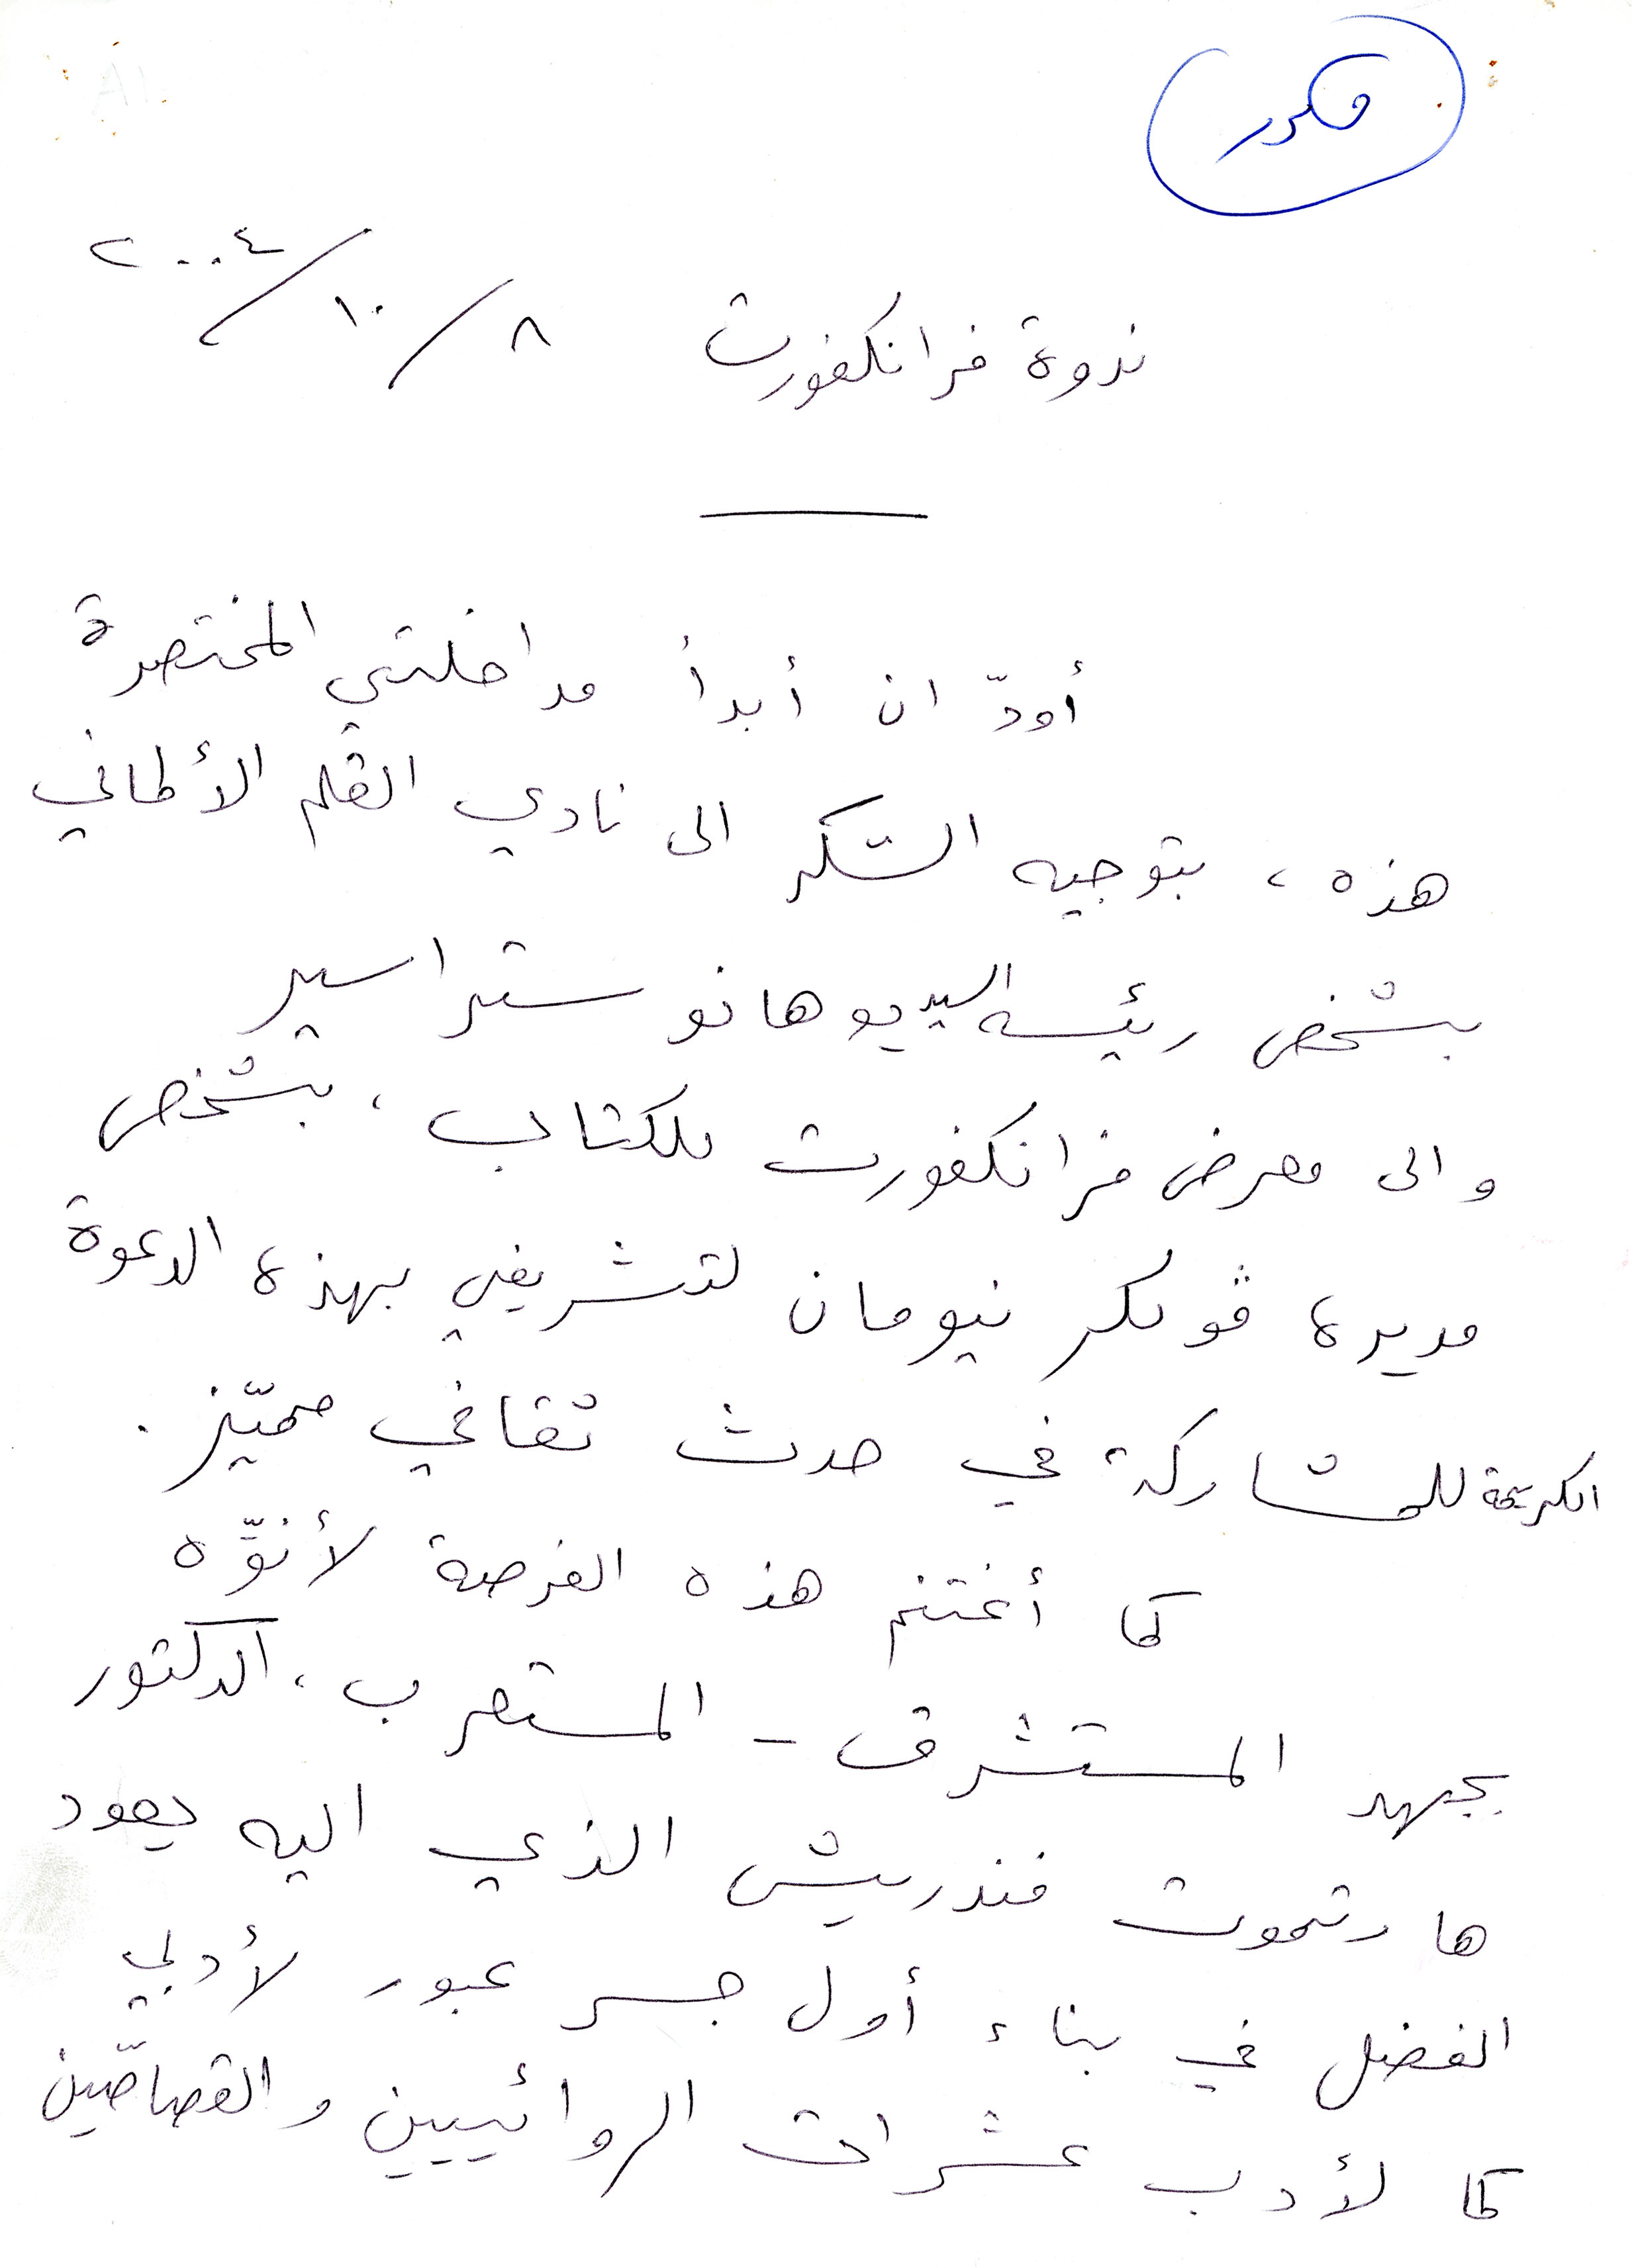
ندوة فرانكفورت
أودّ أن أبدأ مداخلتي المختصرة
هذه، بتوجيه الشكر الى نادي القلم الألماني
بشخص رئيسه السيد يوهانو ستراسير
والى معرض فرنكفورت للكتاب، بشخص
مديره فولكر نيومن لتشريفي بهذه الدعوة
الكريمة للمشاركة في حدث ثقافي مميّز
كما اغتنم هذه الفرصة لأنوّه
بجهد المستشرق - المستعرب، الدكتور
هارتموت فندريش الذي اليه يعود
الفضل في بناء اول جسر عبور لأدبي
كما لأدب عشرات الروائيين والقصّاصين